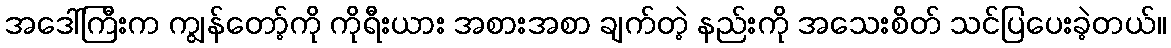
အဒေါ်ကြီးက ကျွန်တော့်ကို ကိုရီးယား အစားအစာ ချက်တဲ့ နည်းကို အသေးစိတ် သင်ပြပေးခဲ့တယ်။